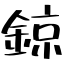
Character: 鍄